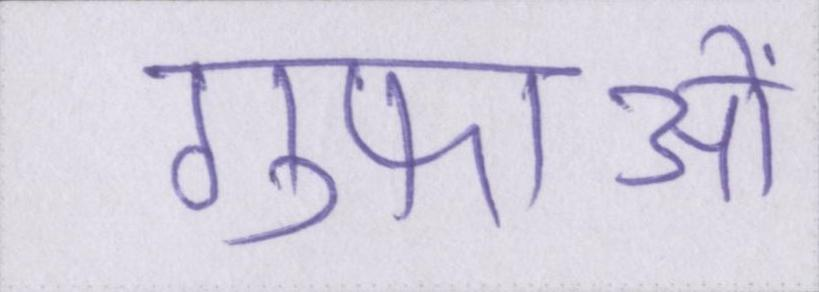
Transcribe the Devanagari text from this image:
गुफाओं